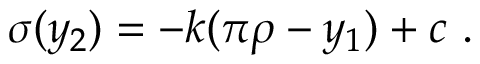
\sigma ( y _ { 2 } ) = - k ( \pi \rho - y _ { 1 } ) + c ~ . ~ \,